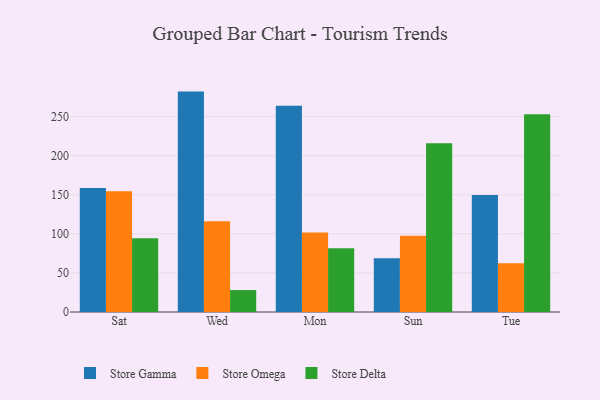
{"axis": {"x": "Day", "y": "Backlog"}, "legend": ["Store Delta", "Store Gamma", "Store Omega"], "data": [{"x": "Sat", "y": 158.7, "type": "Store Gamma"}, {"x": "Sat", "y": 154.5, "type": "Store Omega"}, {"x": "Sat", "y": 94.3, "type": "Store Delta"}, {"x": "Wed", "y": 282.0, "type": "Store Gamma"}, {"x": "Wed", "y": 116.0, "type": "Store Omega"}, {"x": "Wed", "y": 28.1, "type": "Store Delta"}, {"x": "Mon", "y": 263.9, "type": "Store Gamma"}, {"x": "Mon", "y": 101.8, "type": "Store Omega"}, {"x": "Mon", "y": 81.6, "type": "Store Delta"}, {"x": "Sun", "y": 68.9, "type": "Store Gamma"}, {"x": "Sun", "y": 97.5, "type": "Store Omega"}, {"x": "Sun", "y": 215.9, "type": "Store Delta"}, {"x": "Tue", "y": 149.7, "type": "Store Gamma"}, {"x": "Tue", "y": 62.4, "type": "Store Omega"}, {"x": "Tue", "y": 253.0, "type": "Store Delta"}]}